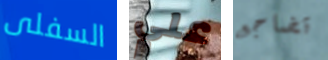
السفلى علي تضاجع